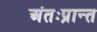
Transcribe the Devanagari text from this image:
अंतःप्रान्त